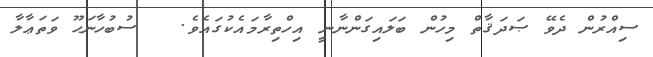
ސިއްރުން ދެވޭ ޞަދަޤާތް މިހުން ބަލައިގަންނާނީ އިހްތިރާމައެކުގައެވެ.   ސުބުހާނަޙޫ ވަތަޢާލާ